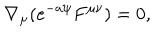
\nabla _ { \mu } ( e ^ { - a \psi } F ^ { \mu \nu } ) = 0 ,